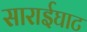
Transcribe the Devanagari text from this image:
साराईघाट